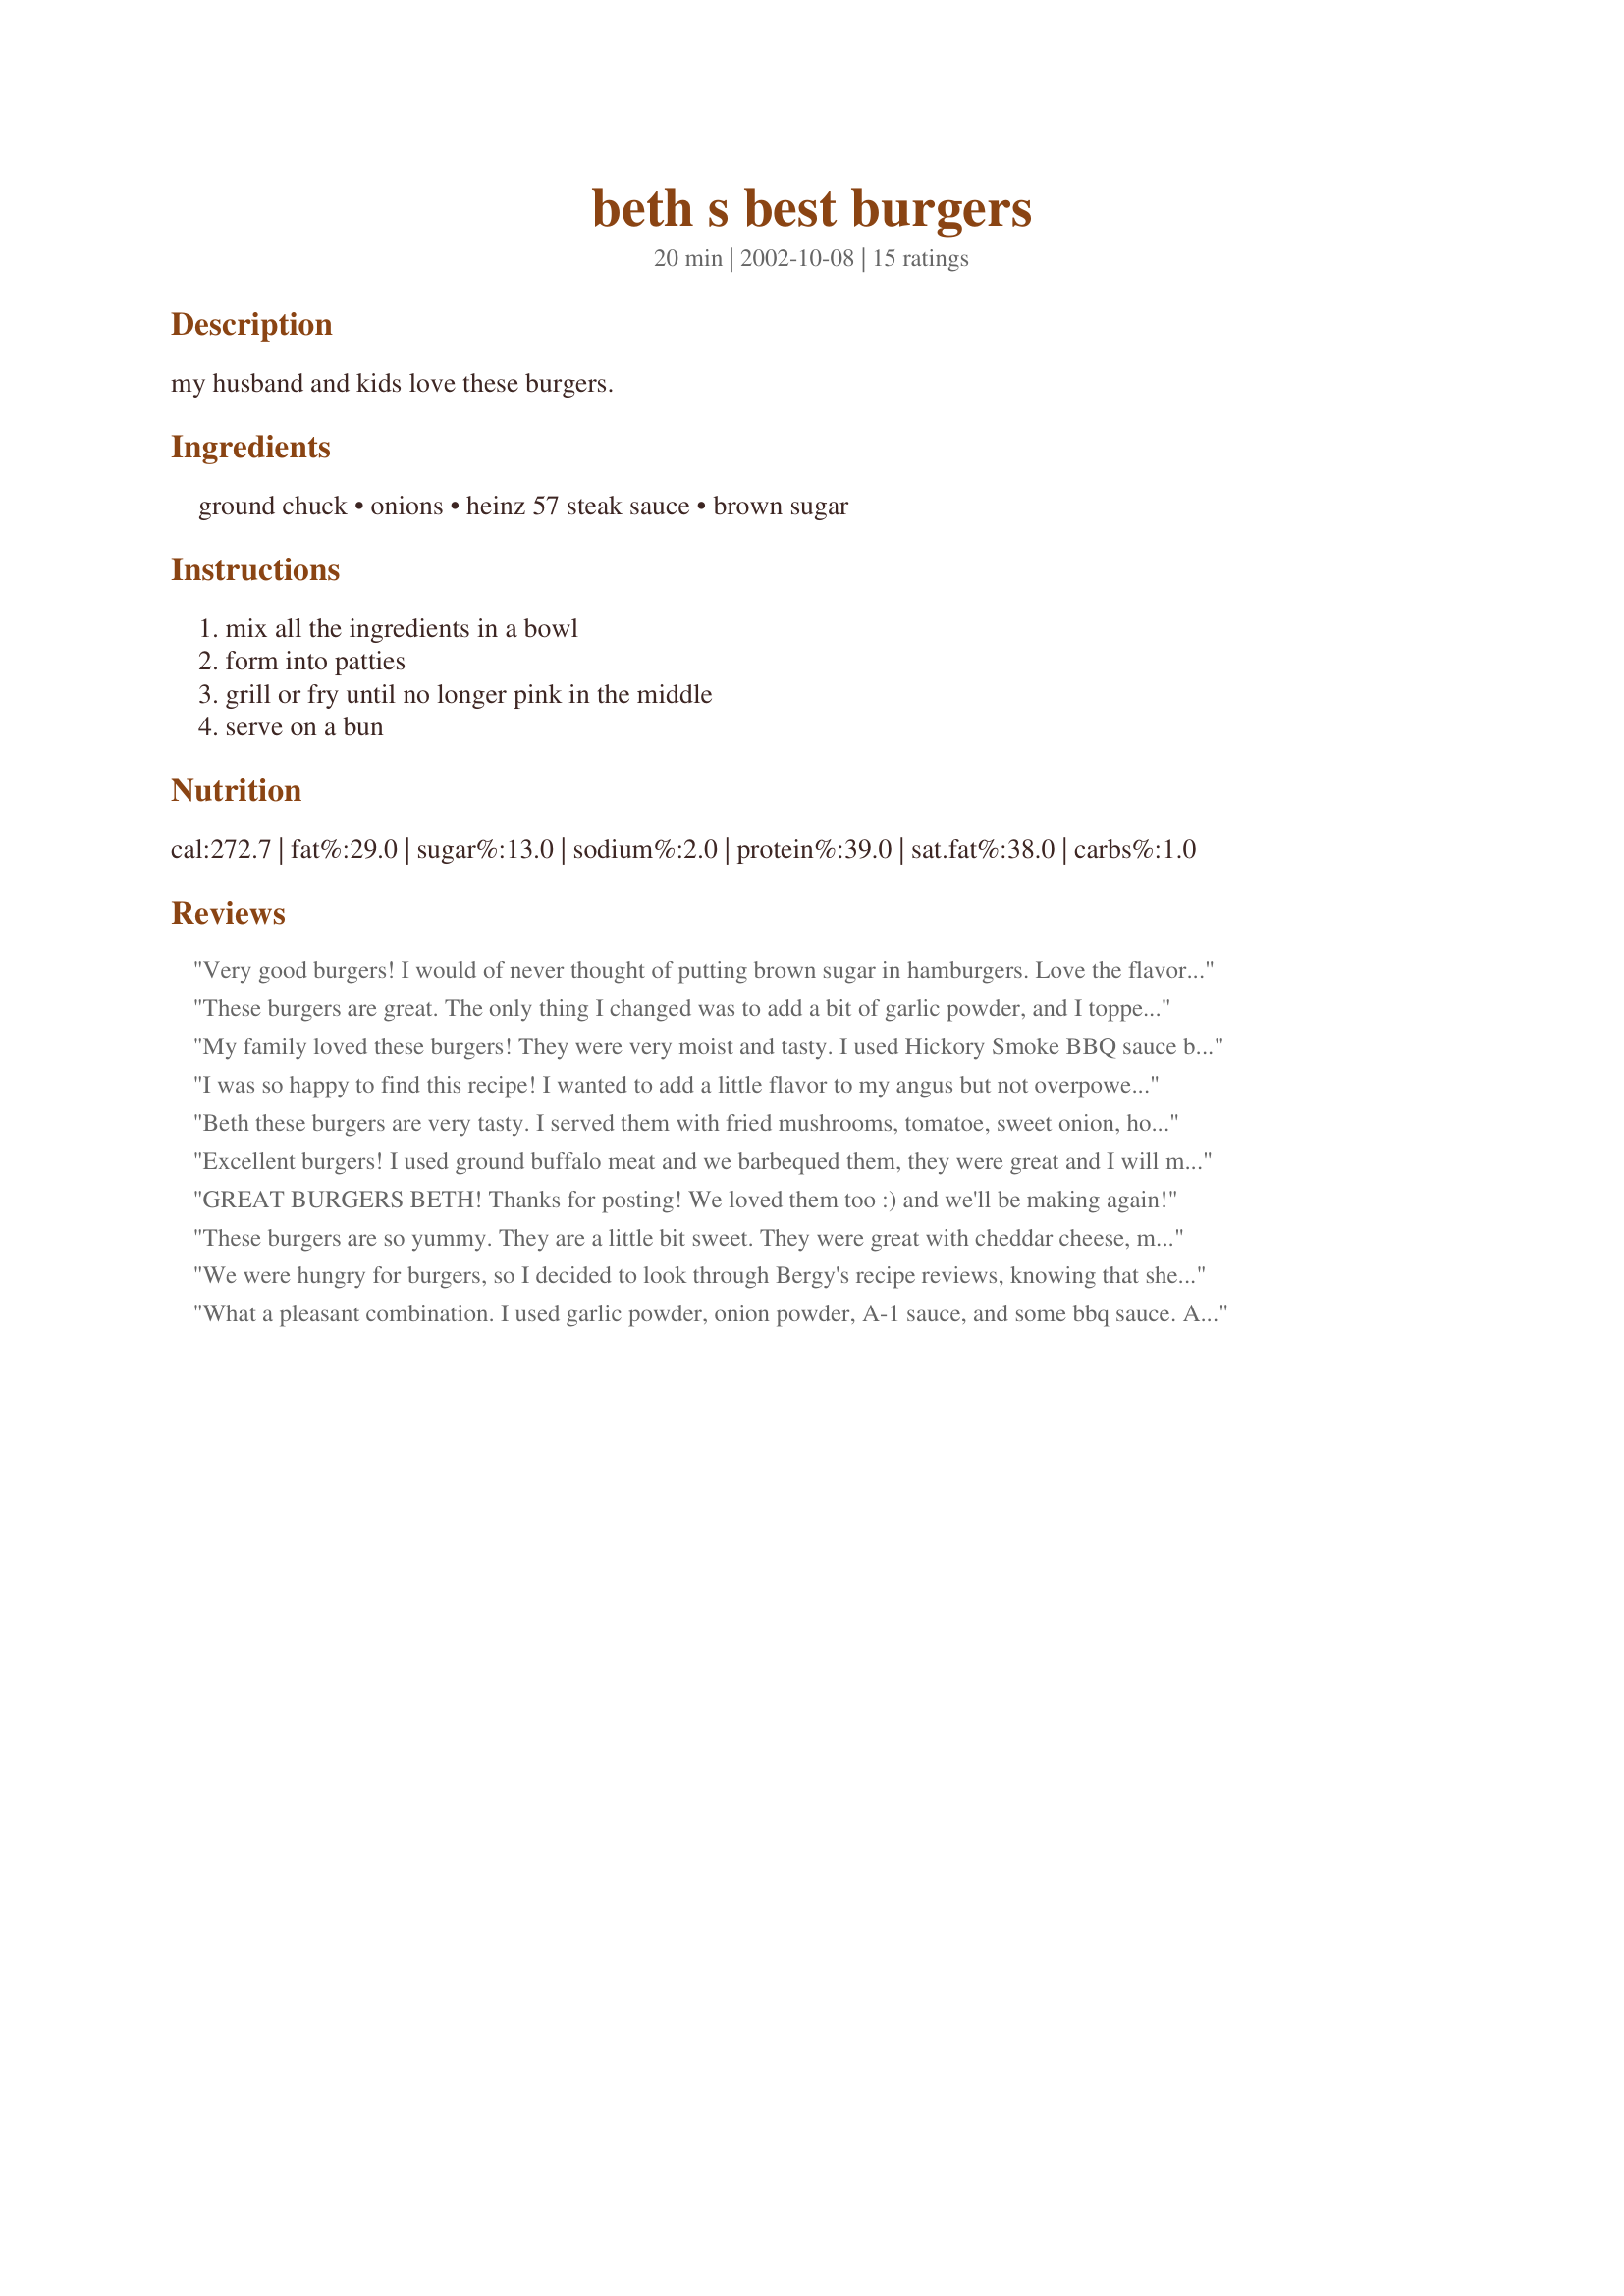
beth s best burgers
Preparation time: 20 minutes

my husband and kids love these burgers.

Ingredients:
ground chuck, onions, heinz 57 steak sauce, brown sugar

Steps:
mix all the ingredients in a bowl, form into patties, grill or fry until no longer pink in the middle, serve on a bun

Reviews:
Very good burgers! I would of never thought of putting brown sugar in hamburgers. Love the flavor! I broil mine under the broiler cause we didn't have propane for the gas grill . Still worked well :) DH and I loved them. Thanks for sharing the recipe.
These burgers are great. The only thing I changed was to add a bit of garlic powder, and I topped with Smoked Gouda the last couple of minutes on the grill. The flavors come together really well, savory with just a hint of sweetness. Can't wait to make this one again.
My family loved these burgers! They were very moist and tasty. I used Hickory Smoke BBQ sauce because I didn't have the Heinz 57 and also added some salt and pepper. Perfect burgers, thanks for sharing this easy recipe!
I was so happy to find this recipe! I wanted to add a little flavor to my angus but not overpower it--this did exactly that! Halved it for 1 lb of 80/20 black angus ground beef. Used A1 Bold & Spicy since I didn't have Heinz 57 and a little kosher salt. These were really great, just a little background flavor similar to a BBQ sauce but not as strong. This will be my "basic burger" recipe.
Beth these burgers are very tasty. I served them with fried mushrooms, tomatoe, sweet onion, hot mustard, relish and horseradish all on the side (I put on everything). My meat was ground chuck mixed with buffalo. I thought the recipe sounded a bit mild but I followed it and they are excellent I wouldn't change anything. I didn't even add garlic!. You do have to be careful turning them as they are quite soft and I may have had trouble BBQing themThanks for an enjoyable Burger night
Excellent burgers! I used ground buffalo meat and we barbequed them, they were great and I will make this again. Thanks!
GREAT BURGERS BETH! Thanks for posting! We loved them too :)
and we'll be making again!
These burgers are so yummy. They are a little bit sweet. They were great with cheddar cheese, mustard and tabasco chipotle mayonnaise. Thanks beth :) made for Name that ingredient tag game
We were hungry for burgers, so I decided to look through Bergy's recipe reviews, knowing that she knows a great burger recipe when she see's it! I'm so glad I found this recipe. It's incredibly tasty with just the right amount of flavor. The taste is ever so slightly sweet and savory! Ours BBQ'd just fine and held together perfectly. The only thing we added was a tiny bit of salt and pepper. Mmmmmmmmmm!!
What a pleasant combination. I used garlic powder, onion powder, A-1 sauce, and some bbq sauce. And tossed in some water too. The water kept the meat moist and the flavors blended nicely. Will make this again!
Beth, these are the best burgers ever. I will never prepare burgers any other way again. Thanks for posting.
Brown sugar in burgers?? I would have NEVER thought of that! But these burgers were juicy and delicious. I didn't use onion because of the onion-phobs in my house so I used onion powder instead. I also seasoned the outside of the burgers with salt and pepper because we like salt and pepper a lot. This recipe is definitely a keeper!
This is a great burger recipe that really suits my family's tastes. Love the Heinz 57 sauce, and the brown sugar..."who'da thunk it?!" Ya can't beat the grill when it comes to making a good burger, but with this recipe, I'm sure it's just as good whether grilled, fried or broiled. Thanks!
What a nice combination of flavors. Very simple and tasty. Thanks Beth for a great meal. Made for Cookbook Tag.
I really liked these, I think I had my burner on too high, because I burned the first 2, but the other ones were great. My husband wasn't a fan, thats the only reason I didn't rate them a five. But they were good, and so simple, not overwhelming with too many spices and such.
